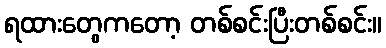
ရထားတွေကတော့ တစ်စင်းပြီးတစ်စင်း။